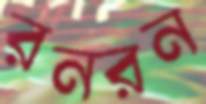
রনরন